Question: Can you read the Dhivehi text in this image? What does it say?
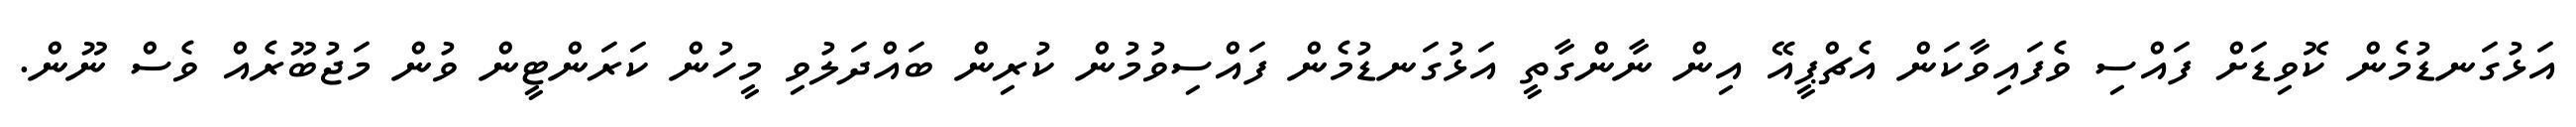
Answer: އަޅުގަނޑުމެން ކޮވިޑަށް ފައްސި ވެފައިވާކަން އެޗްޕީއޭ އިން ނާންގާތީ އަޅުގަނޑުމެން ފައްސިވުމުން ކުރިން ބައްދަލުވި މީހުން ކަރަންޓީން ވުން މަޖުބޫރެއް ވެސް ނޫން.